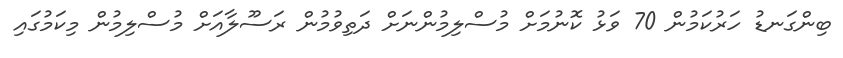
ބިންގަނޑު ހަރުކަމުން 70 ވަޅު ކޮނުމަށް މުސްލިމުންނަށް ދަތިވުމުން ރަސޫލާއަށް މުސްލިމުން މިކަމުގައި